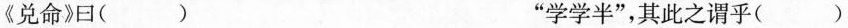
《兑命》曰（）“学学半”，其此之谓乎（）